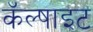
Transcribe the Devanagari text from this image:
कॅल्षाइट